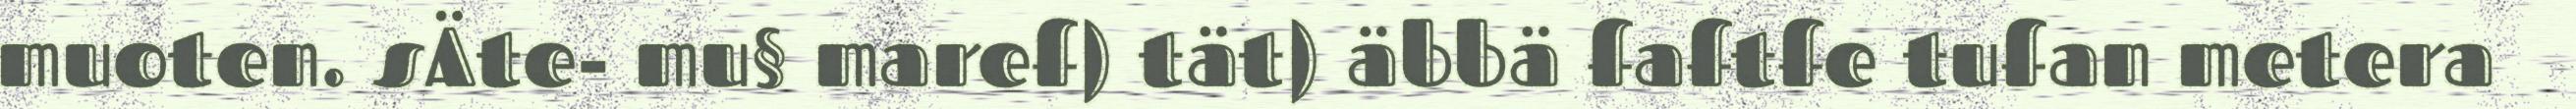
muoten. sÄte- mu§ maref) tät) äbbä faftfe tufan metera